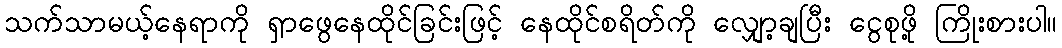
သက်သာမယ့်နေရာကို ရှာဖွေနေထိုင်ခြင်းဖြင့် နေထိုင်စရိတ်ကို လျှော့ချပြီး ငွေစုဖို့ ကြိုးစားပါ။